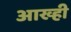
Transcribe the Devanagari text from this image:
आख्ही